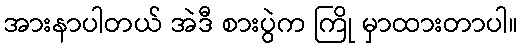
အားနာပါတယ် အဲဒီ စားပွဲက ကြို မှာထားတာပါ။